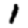
Digit: 1